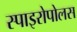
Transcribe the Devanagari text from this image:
स्पाइरोपोलस